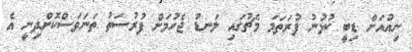
ނިއުއަށް ޑިބީ ކުޅުނު ފުރަތަމަ މެޗުގައި ލަނޑު ޖެހުމަށް ފުރުސަތު ތަނަވަސްކޮށްދިނީ އެ